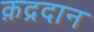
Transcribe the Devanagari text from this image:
क़द्रदान